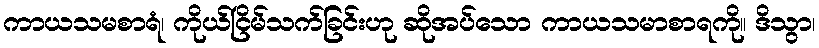
ကာယသမစာရံ၊ ကိုယ်ငြိမ်သက်ခြင်းဟု ဆိုအပ်သော ကာယသမာစာရကို။ ဒိသွာ၊